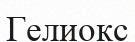
Гелиокс